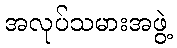
အလုပ်သမားအဖွဲ့